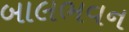
બાલભવન